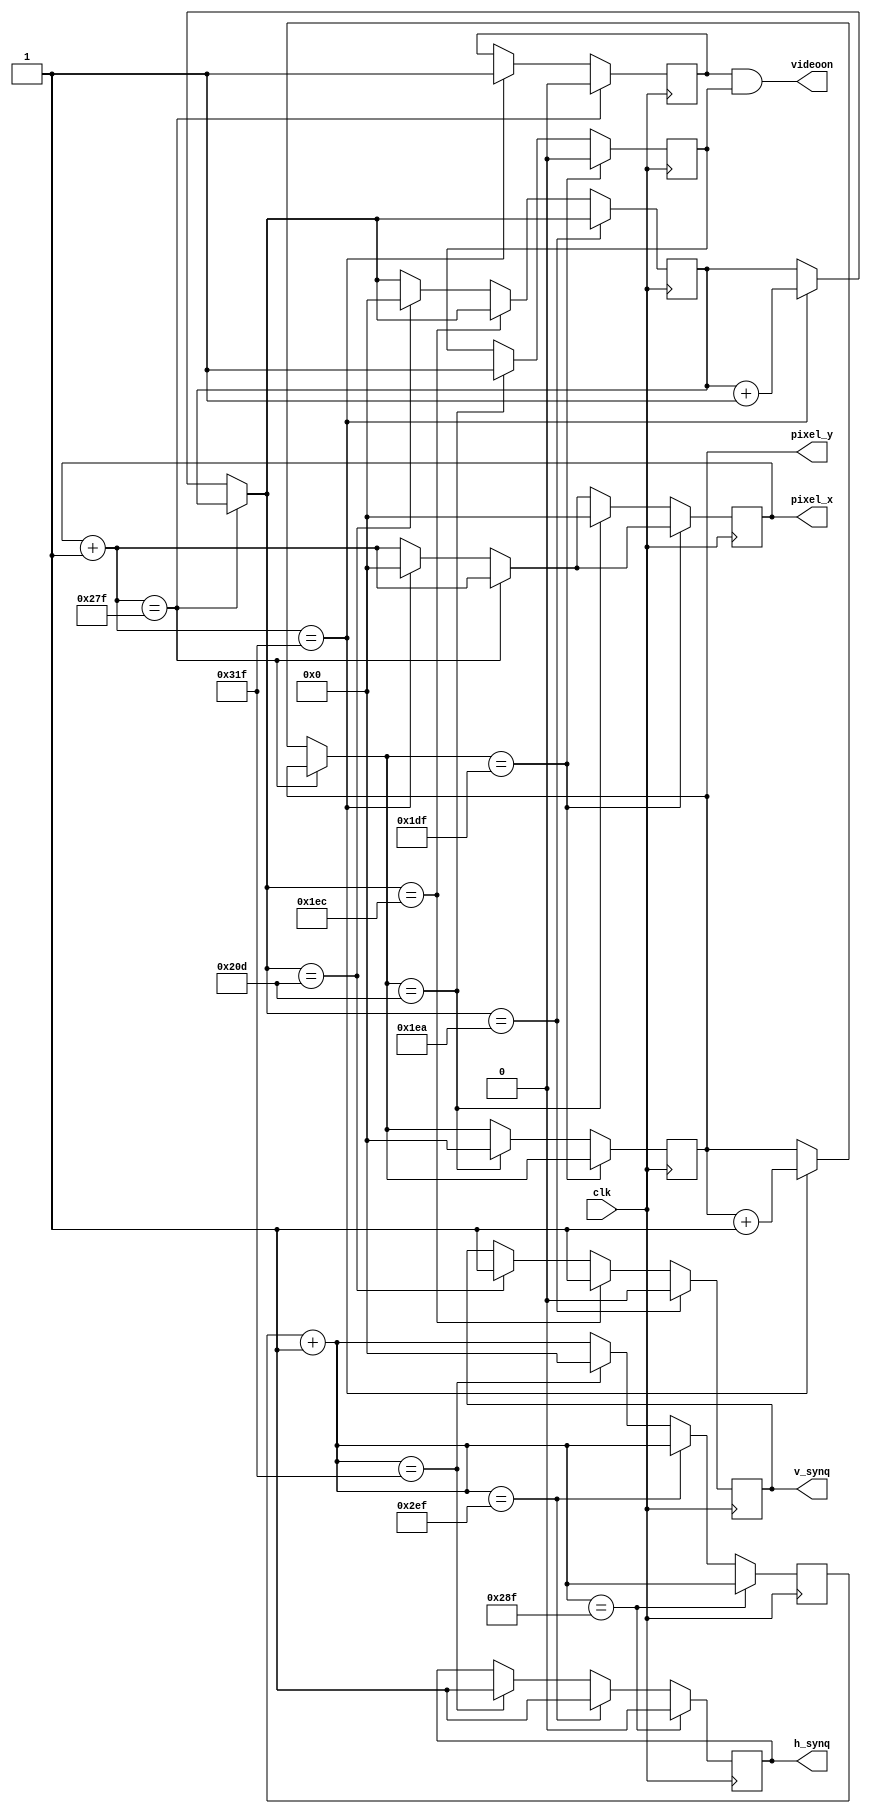
`timescale 1ns / 1ps
//////////////////////////////////////////////////////////////////////////////////
// Company: 
// Engineer: 
// 
// Design Name: 
// Module Name: vga_sync
// Project Name: 
// Target Devices: 
// Tool Versions: 
// Description: 
// 
// Dependencies: 
// 
// Revision:
// Revision 0.01 - File Created
// Additional Comments:
// 
//////////////////////////////////////////////////////////////////////////////////


module vga_sync(input clk,
					  output reg [10:0]pixel_x,
					  output reg [10:0]pixel_y, 
					  output videoon,
					  output reg h_synq,
					  output reg v_synq
    );
	 
parameter 	 // parameters of horizontal 
	h_display = 639 ,
	r_border = 16,
	l_border = 48,
	h_retrace = 96 // or sync pulse
; 
// 640 + 16 + 48 + 96 = 800	

parameter 	// parameters of vertical
	v_display = 479,
	b_border = 11,
	t_border = 33,
	v_retrace = 2
;  
reg [10:0]cnt1=0;
reg [10:0]cnt2=0;
reg h_videoon=1;
reg v_videoon=1;
initial 
	begin
		pixel_x=0;
		pixel_y=0;
		h_synq=1;
		v_synq=1;	
	end
	
always@(posedge clk)
	begin
		pixel_x = pixel_x +1;
		if (pixel_x == h_display)
			h_videoon=0;
		else if (pixel_x == (h_display + r_border + l_border + h_retrace))
			begin
				h_videoon = 1;
				pixel_y = pixel_y + 1;
				cnt2 = cnt2 + 1;
				pixel_x = 0;
			end	
			
		cnt1 = cnt1 + 1;				
		if (cnt1 == (h_display + r_border))
			h_synq = 0;
		else if (cnt1 == (h_display + r_border + h_retrace))
			begin
				h_synq = 1;
			end
		else if (cnt1 == (h_display + r_border + l_border + h_retrace))
			begin
				h_synq = 1;
				cnt1 = 0;
			end	
			
		if (pixel_y == v_display)
			v_videoon = 0;
		else if (pixel_y == (v_display + b_border + t_border + v_retrace))
			begin
				v_videoon = 1;
				pixel_y = 0;
				pixel_x = 0;
			end
			
		if (cnt2 == (v_display + b_border))
			v_synq = 0;
		else if (cnt2 == (v_display + b_border + v_retrace))
			begin
				v_synq = 1;
			end 
		else if (cnt2 == (v_display + b_border + t_border + v_retrace))
			begin
				v_synq = 1;
				cnt2 = 0;
			end		
	end
	
	and d1(videoon,h_videoon,v_videoon);

endmodule